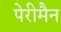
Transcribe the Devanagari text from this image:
पेरीमैन